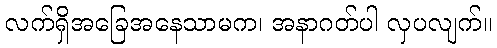
လက်ရှိအခြေအနေသာမက၊ အနာဂတ်ပါ လှပလျက်။